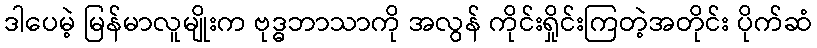
ဒါပေမဲ့ မြန်မာလူမျိုးက ဗုဒ္ဓဘာသာကို အလွန် ကိုင်းရှိုင်းကြတဲ့အတိုင်း ပိုက်ဆံ